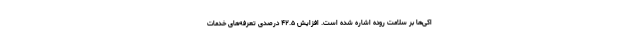
اکی‌ها بر سلامت روده اشاره شده است. افزایش ۴۲.۵ درصدی تعرفه‌های خدمات